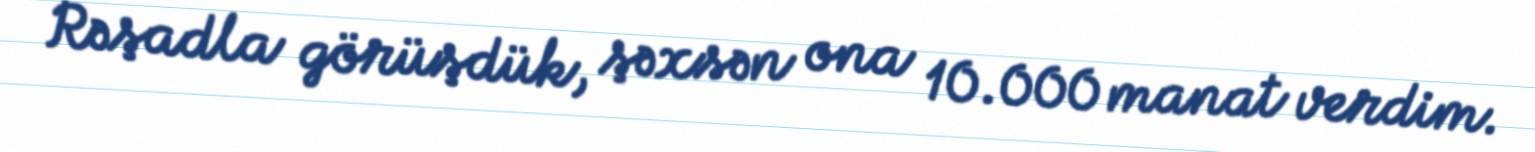
Rəşadla görüşdük, şəxsən ona 10.000 manat verdim.